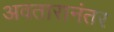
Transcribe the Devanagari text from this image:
अवतारानंतर